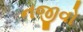
નજીવો